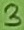
Text: 3